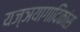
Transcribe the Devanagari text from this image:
यज्ञयागादिकांस